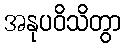
အနုပဝိသိတွာ